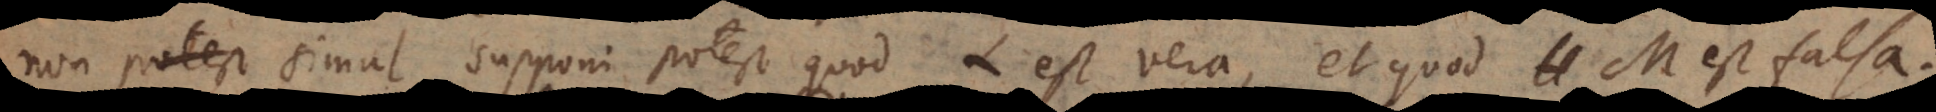
non simul supponi potest quod L est vera, et quod M est falsa.